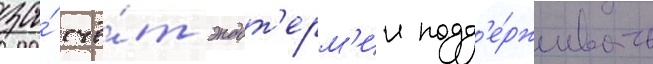
за́ счё́т эндот'ерм'ии подд'е́рживать